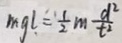
m g l = \frac { 1 } { 2 } m \frac { d ^ { 2 } } { t ^ { 2 } }